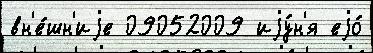
вн'е́шн'иjе 09052009 иjу́н'я еjо́